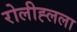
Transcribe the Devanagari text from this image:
रोलीह्लला